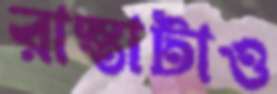
রাস্তাটাও